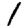
Digit: 1